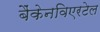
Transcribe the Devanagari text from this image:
बैंकेनविएरटेल